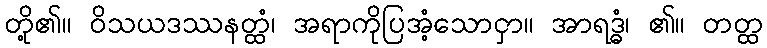
တို့၏။ ဝိသယဒဿနတ္ထံ၊ အရာကိုပြအံ့သောငှာ။ အာရဒ္ဓံ၊ ၏။ တတ္ထ